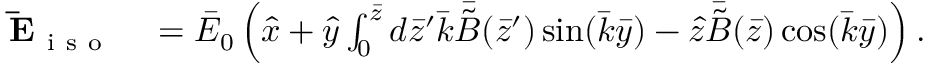
\begin{array} { r l } { \mathbf { \bar { E } } _ { \mathrm { ~ i ~ s ~ o ~ } } } & { { } = \bar { E } _ { 0 } \left( \hat { x } + \hat { y } \int _ { 0 } ^ { \bar { z } } d \bar { z } ^ { \prime } \bar { k } \bar { \tilde { B } } ( \bar { z } ^ { \prime } ) \sin ( \bar { k } \bar { y } ) - \hat { z } \bar { \tilde { B } } ( \bar { z } ) \cos ( \bar { k } \bar { y } ) \right) . } \end{array}